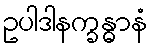
ဥပါဒါနက္ခန္ဓာနံ